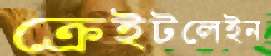
ক্রেইটলেইন